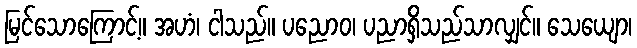
မြင်သောကြောင့်။ အဟံ၊ ငါသည်။ ပညောဝ၊ ပညာရှိသည်သာလျှင်။ သေယျော၊